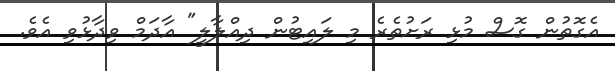
އެގޮތުން ގޮސް މުޅި ރަށުތެރެ މި ލައިޓުން ދިއްލާލީ" އާދަމް ވިދާޅުވި އެވެ.